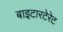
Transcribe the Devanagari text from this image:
बाइटारटेरेट